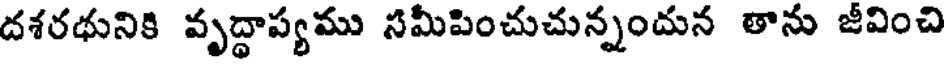
దశరథునికి వృద్ధాప్యము సమీపించుచున్నందున తాను జీవించి